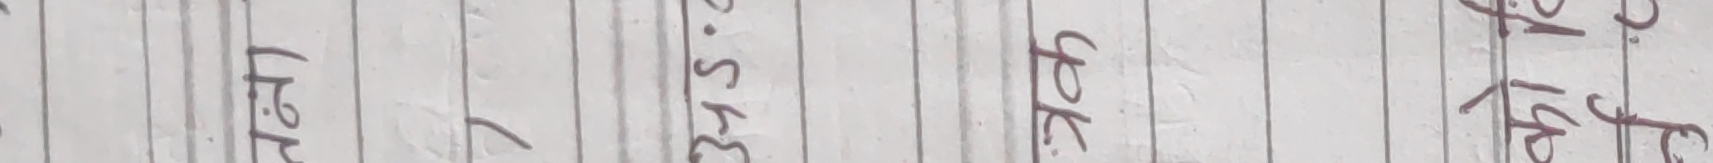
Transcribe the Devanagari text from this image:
३.५ रु.२ रु.१०